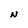
Character: N